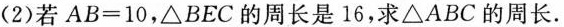
(2)若$$A B= 1 0$$，△BEC的周长是16，求\bigtriangleup ABC的周长.